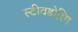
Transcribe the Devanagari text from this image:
स्टीवडोरिंग